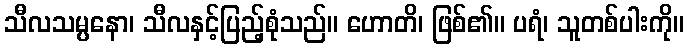
သီလသမ္ပနော၊ သီလနှင့်ပြည့်စုံသည်။ ဟောတိ၊ ဖြစ်၏။ ပရံ၊ သူတစ်ပါးကို။